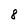
Character: 8